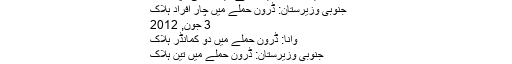
مُلا نذیر افغانستان میں لڑنے کو ترجیح دیتے تھے‘
وانا بازار میں مولوی نذیر حملے میں زخمی، چھ ہلاک
جنوبی وزیرستان: ڈرون حملے میں چار افراد ہلاک
3 جون, 2012
وانا: ڈرون حملے میں دو کمانڈر ہلاک
جنوبی وزیرستان: ڈرون حملے میں تین ہلاک
30 ستمبر, 2011
ڈرون حملے,